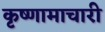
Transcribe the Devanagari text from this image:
कृष्णामाचारी